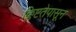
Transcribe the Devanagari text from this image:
क्लिष्टतेपासून